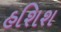
હશિશ